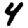
Digit: 4